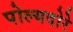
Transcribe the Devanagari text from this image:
पोल्यदोरे